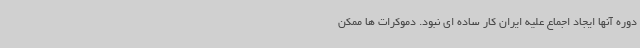
دوره آنها ایجاد اجماع علیه ایران کار ساده ای نبود. دموکرات ها ممکن